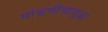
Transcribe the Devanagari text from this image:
मांडणीचासुद्धा